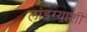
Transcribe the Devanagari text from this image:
लांडग्याशी